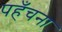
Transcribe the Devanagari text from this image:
पहँचना